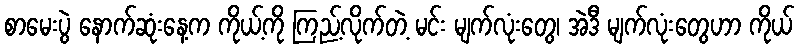
စာမေးပွဲ နောက်ဆုံးနေ့က ကိုယ့်ကို ကြည့်လိုက်တဲ့ မင်း မျက်လုံးတွေ၊ အဲဒီ မျက်လုံးတွေဟာ ကိုယ်